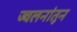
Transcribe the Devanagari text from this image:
ज्वलनांतून